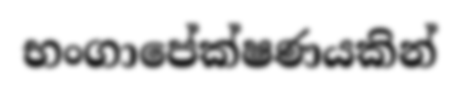
භංගාපේක්ෂණයකින්